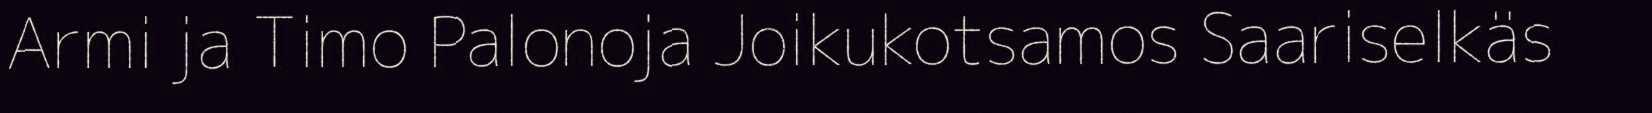
Armi ja Timo Palonoja Joikukotsamos Saariselkäs